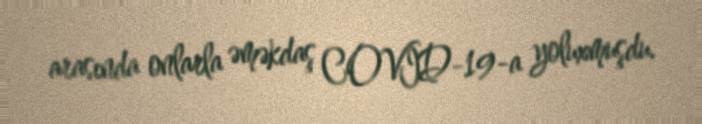
arasında onlarla əməkdaş COVID-19-a yoluxmuşdu.